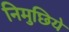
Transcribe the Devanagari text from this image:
निमुछिये